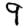
Digit: 9